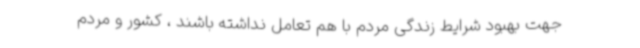
جهت بهبود شرایط زندگی مردم با هم تعامل نداشته باشند ، کشور و مردم